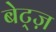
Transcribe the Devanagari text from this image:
बेट्ज़